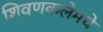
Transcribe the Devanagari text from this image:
शिवणकलेमधे